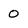
Character: 0